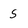
Character: 5